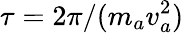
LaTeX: \tau=2\pi/(m_{a}v_{a}^{2})